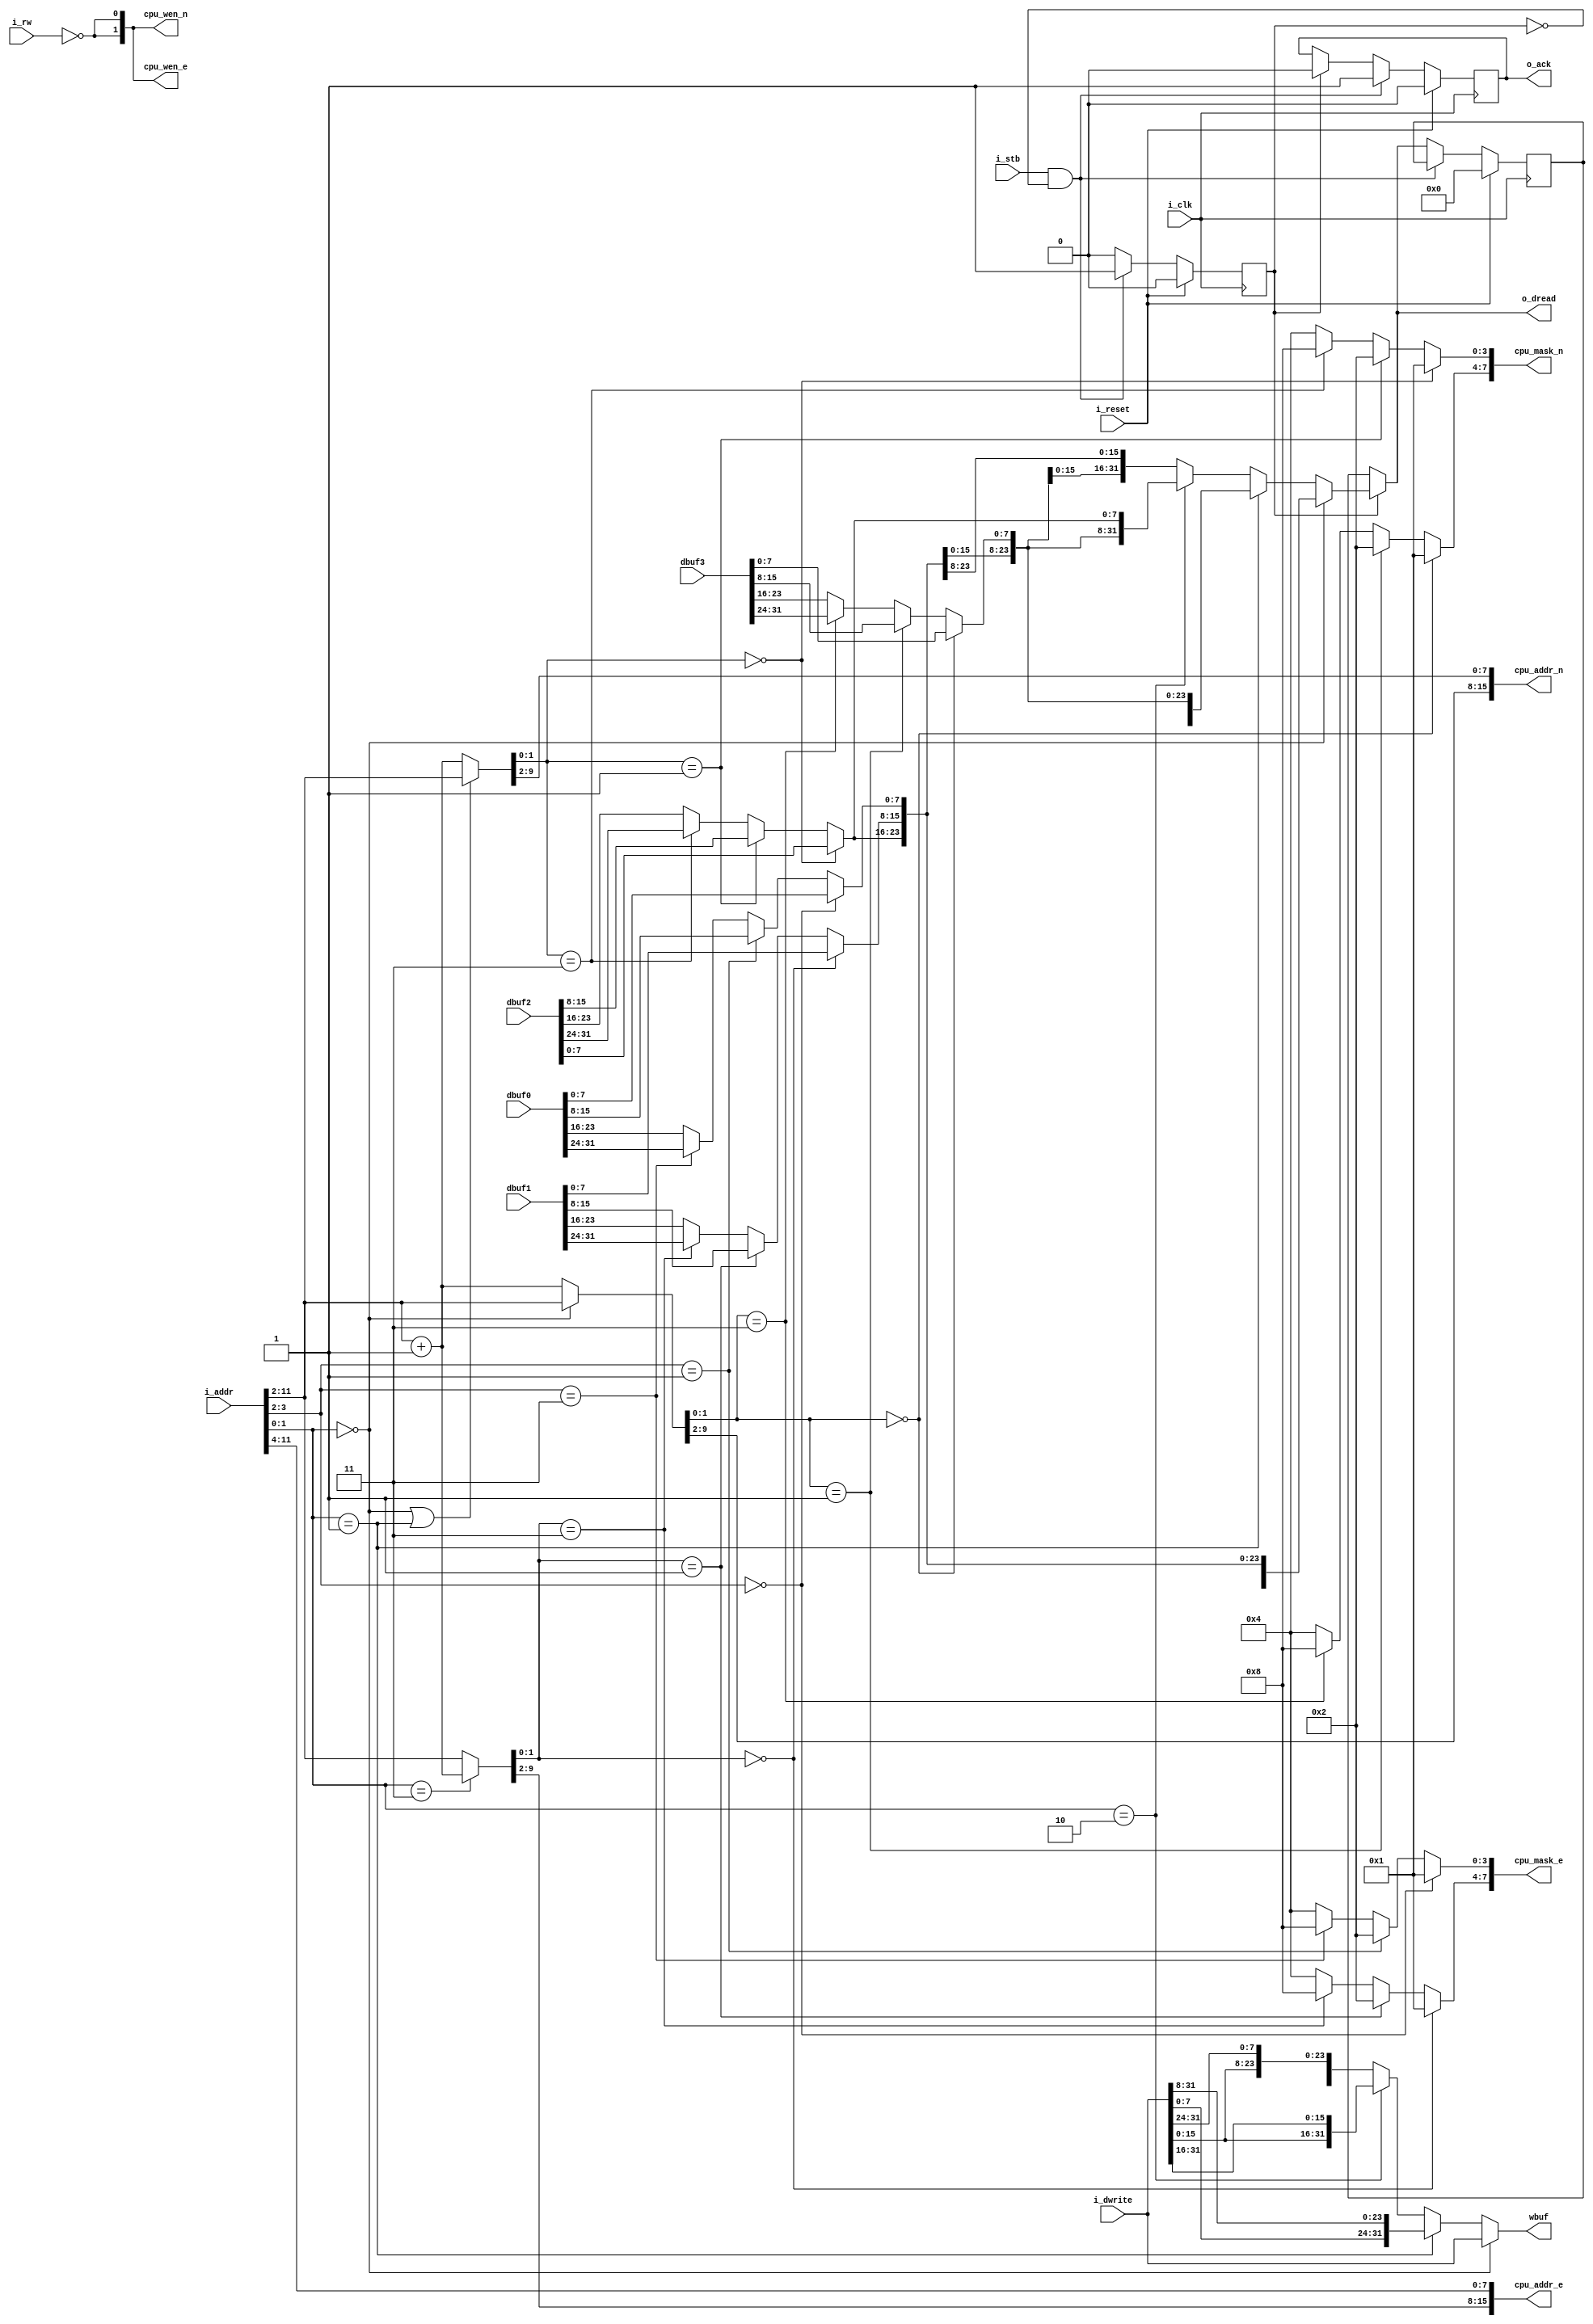
module hs32_bram_ctl (
    input   wire i_clk,
    input   wire i_reset,
    input   wire[addr_width-1:0] i_addr,
    output  wire[31:0] o_dread,
    input   wire[31:0] i_dwrite,
    input   wire i_rw,
    input   wire i_stb,
    output  reg  o_ack,

    // Terrible things
    output wire [15:0] cpu_addr_n,
    output wire [15:0] cpu_addr_e,
    output wire [7:0] cpu_mask_n,
    output wire [7:0] cpu_mask_e,
    output wire [1:0] cpu_wen_n,
    output wire [1:0] cpu_wen_e,
    output wire [31:0] wbuf,
    input  wire [31:0] dbuf0,
    input  wire [31:0] dbuf1,
    input  wire [31:0] dbuf2,
    input  wire [31:0] dbuf3
);
    parameter addr_width = 12;

    // 4 addresses for each bram
    // Selects between current dword and next dword
    wire [addr_width-3:0] a0, a1, a2, a3;
    assign a0 = (addr[1:0] == 2'b00) ?
        addr[addr_width-1:2] : addr[addr_width-1:2] + 1;
    assign a1 = (addr[1:0] == 2'b00) || (addr[1:0] == 2'b01) ?
        addr[addr_width-1:2] : addr[addr_width-1:2] + 1;
    assign a2 = (addr[1:0] == 2'b11) ?
        addr[addr_width-1:2] + 1 : addr[addr_width-1:2];
    assign a3 = addr[addr_width-1:2];
    //
    // The read buffer shifted over.
    // Regarding the ending 2 bits of the address:
    // x = read, . = ignore
    //       a'  a'+1   -> where a' = addr[addr_width-1:2]
    // 00 [xxxx][....]
    // 01 [.xxx][x...]
    // 10 [..xx][xx..]
    // 11 [...x][xxx.]
    //     0123  0123   -> bram# the byte came from
    // dbuf will always be in the form of [0123]
    // So, an address ending in 11 should be [3012]
    //
    wire[31:0] dout;
    assign dout =
        (addr[1:0] == 2'b00) ? { dbuf[31:0] } :
        (addr[1:0] == 2'b01) ? { dbuf[23:0], dbuf[31:24] } :
        (addr[1:0] == 2'b10) ? { dbuf[15:0], dbuf[31:16] } :
                               { dbuf[ 7:0], dbuf[31:8] } ;
    assign wbuf =
        (addr[1:0] == 2'b00) ? { dwrite[31:0] } :
        (addr[1:0] == 2'b01) ? { dwrite[ 7:0], dwrite[31:8 ] } :
        (addr[1:0] == 2'b10) ? { dwrite[15:0], dwrite[31:16] } :
                               { dwrite[23:0], dwrite[31:24] } ;

    // Latch inputs
    wire[addr_width-1:0] addr;
    wire[31:0] dwrite;
    assign addr = i_addr;
    assign dwrite = i_dwrite;

    reg[31:0] r_dread;
    reg r_bsy;
    assign o_dread = r_bsy ? dout : r_dread;
    always @(posedge i_clk)
    if(i_reset) begin
        o_ack <= 0;
        r_bsy <= 0;
        r_dread <= 0;
    end else begin
        if(i_stb && !r_bsy) begin
            o_ack <= 1;
            r_bsy <= 1;
        end else if(r_bsy) begin
            o_ack <= 0;
            r_bsy <= 0;
            r_dread <= dout;
        end
    end

    // SRAM signal generation :(

    wire[31:0] dbuf;

    assign dbuf[7:0] =
        a3[1:0] == 2'b00 ? dbuf0[7:0] :
        a3[1:0] == 2'b01 ? dbuf0[15:8] :
        a3[1:0] == 2'b11 ? dbuf0[31:24] : dbuf0[23:16];
    assign dbuf[15:8] =
        a2[1:0] == 2'b00 ? dbuf1[7:0] :
        a2[1:0] == 2'b01 ? dbuf1[15:8] :
        a2[1:0] == 2'b11 ? dbuf1[31:24] : dbuf1[23:16];
    assign dbuf[23:16] =
        a1[1:0] == 2'b00 ? dbuf2[7:0] :
        a1[1:0] == 2'b01 ? dbuf2[15:8] :
        a1[1:0] == 2'b11 ? dbuf2[31:24] : dbuf2[23:16];
    assign dbuf[31:24] =
        a0[1:0] == 2'b00 ? dbuf3[7:0] :
        a0[1:0] == 2'b01 ? dbuf3[15:8] :
        a0[1:0] == 2'b11 ? dbuf3[31:24] : dbuf3[23:16];

    assign cpu_mask_n[7:4] =
        a0[1:0] == 2'b00 ? 4'b0001 :
        a0[1:0] == 2'b01 ? 4'b0010 :
        a0[1:0] == 2'b11 ? 4'b1000 : 4'b0100;
    assign cpu_mask_n[3:0] =
        a1[1:0] == 2'b00 ? 4'b0001 :
        a1[1:0] == 2'b01 ? 4'b0010 :
        a1[1:0] == 2'b11 ? 4'b1000 : 4'b0100;
    assign cpu_mask_e[7:4] =
        a2[1:0] == 2'b00 ? 4'b0001 :
        a2[1:0] == 2'b01 ? 4'b0010 :
        a2[1:0] == 2'b11 ? 4'b1000 : 4'b0100;
    assign cpu_mask_e[3:0] =
        a3[1:0] == 2'b00 ? 4'b0001 :
        a3[1:0] == 2'b01 ? 4'b0010 :
        a3[1:0] == 2'b11 ? 4'b1000 : 4'b0100;
    assign { cpu_wen_n, cpu_wen_e } = { 4{!i_rw} };
    assign cpu_addr_n = { a0[9:2], a1[9:2] };
    assign cpu_addr_e = { a2[9:2], a3[9:2] };
endmodule